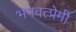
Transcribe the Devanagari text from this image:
भगवत्प्रेमी